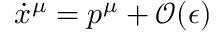
\dot { x } ^ { \mu } = p ^ { \mu } + \mathcal { O } ( \epsilon )